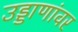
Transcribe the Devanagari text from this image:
उड्डाणांवर